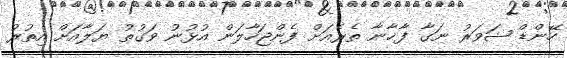
ހޭންޑް ޝަވަރު ނަގާ ފާޚާނާ ތެރެއަށް ފެންޖަހާލަން އުޅުނު ވަގުތު ޔަލާއަށް އިތުރު